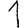
Digit: 1